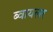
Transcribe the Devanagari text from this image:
ब्वायलर